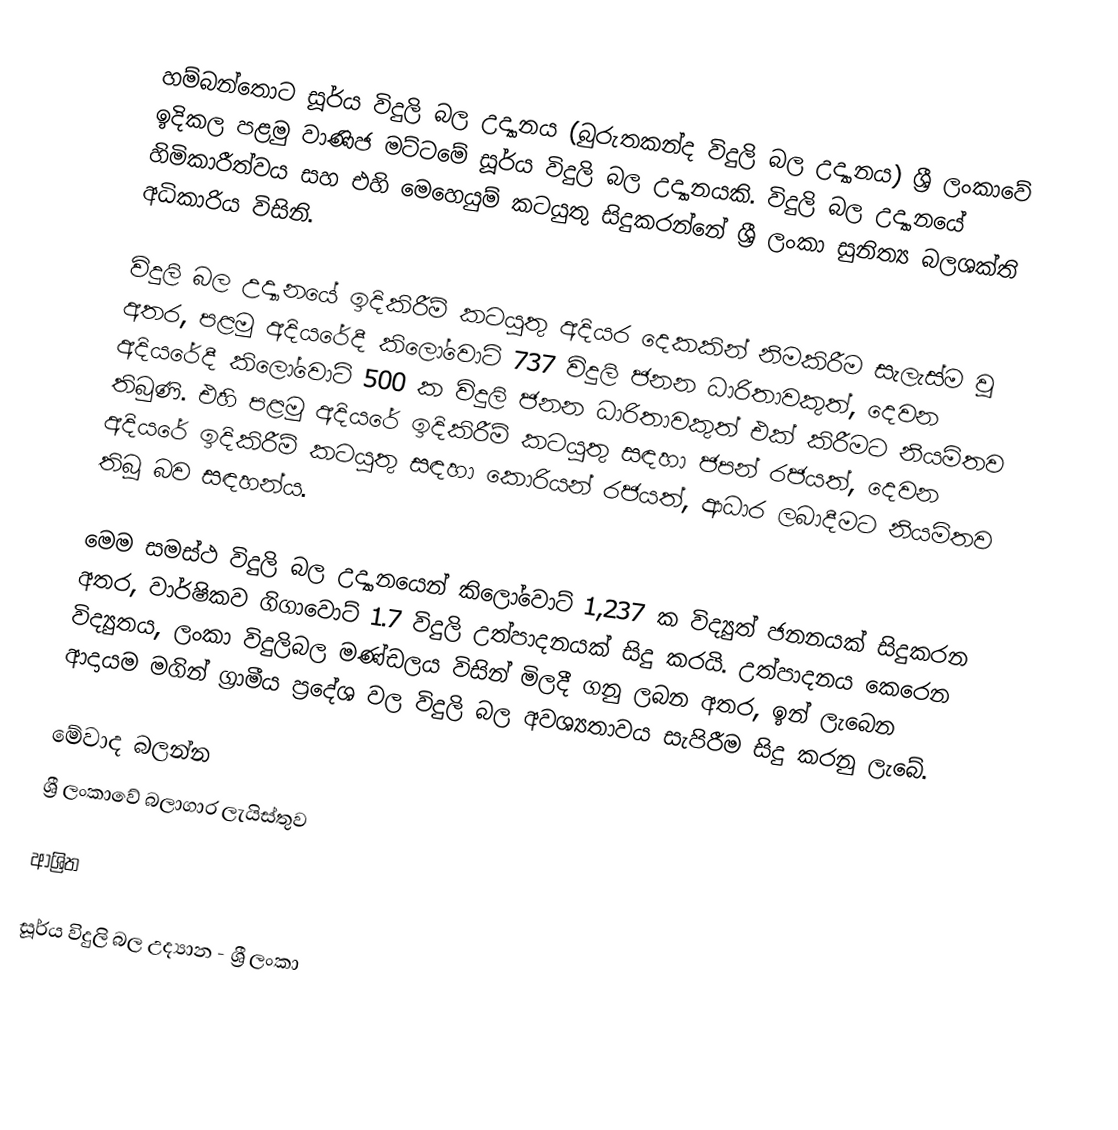
හම්බන්තොට සූර්ය විදුලි බල උද්‍යානය (බුරුතකන්ද විදුලි බල උද්‍යානය) ශ්‍රී ලංකාවේ ඉදිකල පළමු වාණිජ මට්ටමේ සූර්ය විදුලි බල උද්‍යානයකි. විදුලි බල උද්‍යානයේ හිමිකාරීත්වය සහ එහි මෙහෙයුම් කටයුතු සිදුකරන්නේ ශ්‍රී ලංකා සුනිත්‍ය බලශක්ති අධිකාරිය විසිනි.

විදුලි බල උද්‍යානයේ ඉදිකිරීම් කටයුතු අදියර දෙකකින් නිමකිරීම සැලැස්ම වූ අතර, පළමු අදියරේදී කිලෝවොට් 737 විදුලි ජනන ධාරිතාවකුත්, දෙවන අදියරේදී කිලෝවොට් 500 ක විදුලි ජනන ධාරිතාවකුත් එක් කිරීමට නියමිතව තිබුණි. එහි පළමු අදියරේ ඉදිකිරීම් කටයුතු සඳහා ජපන් රජයත්, දෙවන අදියරේ ඉදිකිරීම් කටයුතු සඳහා කොරියන් රජයත්, ආධාර ලබාදීමට නියමිතව තිබූ බව සඳහන්ය.

මෙම සමස්ථ විදුලි බල උද්‍යානයෙන් කිලෝවොට් 1,237 ක විද්‍යුත් ජනනයක් සිදුකරන අතර, වාර්ෂිකව ගිගාවොට් 1.7 විදුලි උත්පාදනයක් සිදු කරයි. උත්පාදනය කෙරෙන විද්‍යුතය, ලංකා විදුලිබල මණ්ඩලය විසින් මිලදී ගනු ලබන අතර, ඉන් ලැබෙන ආදායම මගින් ග්‍රාමීය ප්‍රදේශ වල විදුලි බල අවශ්‍යතාවය සැපිරීම සිදු කරනු ලැබේ.

මේවාද බලන්න
 ශ්‍රී ලංකාවේ බලාගාර ලැයිස්තුව

ආශ්‍රිත

සූර්ය විදුලි බල උද්‍යාන - ශ්‍රී ලංකා